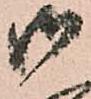
御